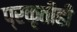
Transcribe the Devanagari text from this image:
प्रकृतीही